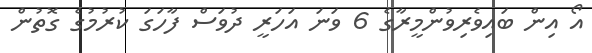
އޯ އިން ބައިވެރިވުންމީރާގެ 6 ވަނަ އަހަރީ ދުވަސް ފާހަގަ ކުރުމުގެ ގޮތުން